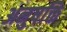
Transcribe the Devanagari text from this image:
अनुषक्ति